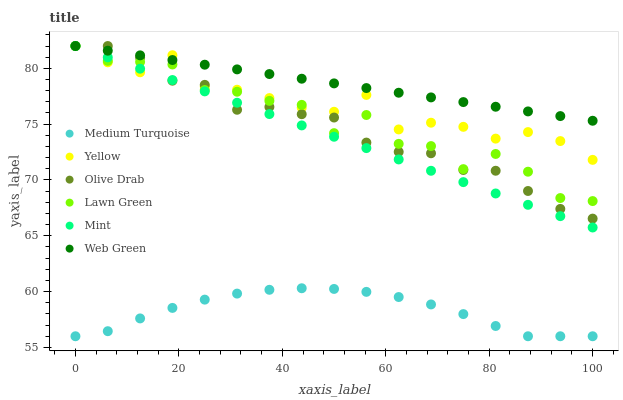
| xaxis_label | Medium Turquoise | Yellow | Olive Drab | Lawn Green | Mint | Web Green |
 | --- | --- | --- | --- | --- | --- | --- |
 | 0 | 56 | 82 | 82 | 82 | 82 | 82 |
 | 6.25 | 56.5 | 80.5 | 82 | 80.7 | 81 | 81.6 |
 | 12.5 | 57.6 | 79.6 | 81 | 80.6 | 80 | 81.2 |
 | 18.8 | 58.5 | 81.2 | 78.9 | 80.3 | 79 | 80.7 |
 | 25 | 59.3 | 78.4 | 78.5 | 78.1 | 77.9 | 80.3 |
 | 31.2 | 59.8 | 78.1 | 76.3 | 77.9 | 76.9 | 79.9 |
 | 37.5 | 60.2 | 77.3 | 76.5 | 77.1 | 75.9 | 79.5 |
 | 43.8 | 60.3 | 76.5 | 75.9 | 76.7 | 74.9 | 79.1 |
 | 50 | 60.2 | 76.1 | 75.6 | 74.2 | 73.9 | 78.7 |
 | 56.2 | 60 | 77.6 | 73.3 | 75.8 | 72.9 | 78.2 |
 | 62.5 | 59.5 | 74.5 | 72.5 | 73.2 | 71.8 | 77.8 |
 | 68.8 | 58.8 | 75.1 | 72.4 | 73 | 70.8 | 77.4 |
 | 75 | 58 | 74.8 | 70.9 | 71 | 69.8 | 77 |
 | 81.2 | 56.9 | 73.7 | 70.8 | 72.3 | 68.8 | 76.6 |
 | 87.5 | 56 | 74.3 | 69 | 70.7 | 67.8 | 76.1 |
 | 93.8 | 56 | 73.5 | 67.4 | 68.4 | 66.8 | 75.7 |
 | 100 | 56 | 71.8 | 66.5 | 68.1 | 65.7 | 75.3 |